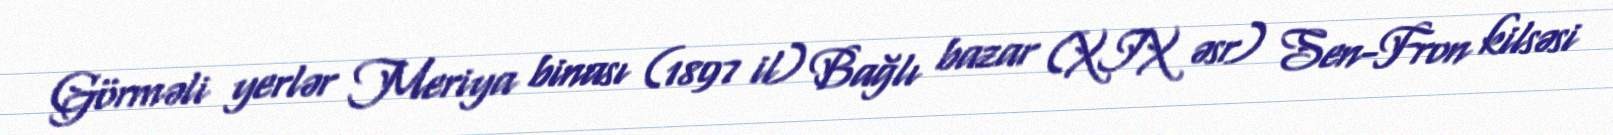
Görməli yerlər Meriya binası (1897 il) Bağlı bazar (XIX əsr) Sen-Fron kilsəsi